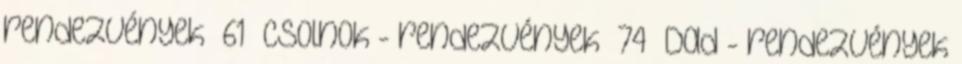
rendezvények 61 Csolnok - rendezvények 74 Dad - rendezvények